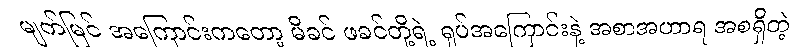
မျက်မြင် အကြောင်းကတော့ မိခင် ဖခင်တို့ရဲ့ ရုပ်အကြောင်းနဲ့ အစာအဟာရ အစရှိတဲ့